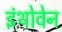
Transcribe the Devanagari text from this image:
इंथोवेन